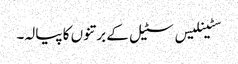
سٹینلیس سٹیل کے برتنوں کا پیالہ۔